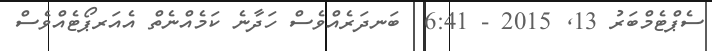
ސެޕްޓެމްބަރު 13